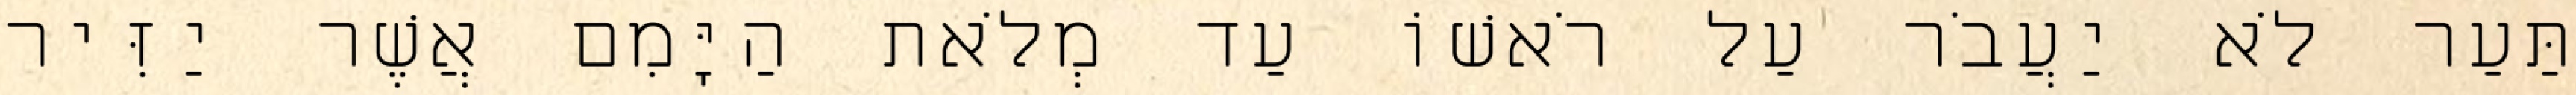
תַּעַר לֹא יַעֲבֹר עַל רֹאשׁוֹ עַד מְלֹאת הַיָּמִם אֲשֶׁר יַזִּיר